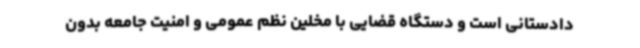
دادستانی است و دستگاه قضایی با مخلین نظم عمومی و امنیت جامعه بدون